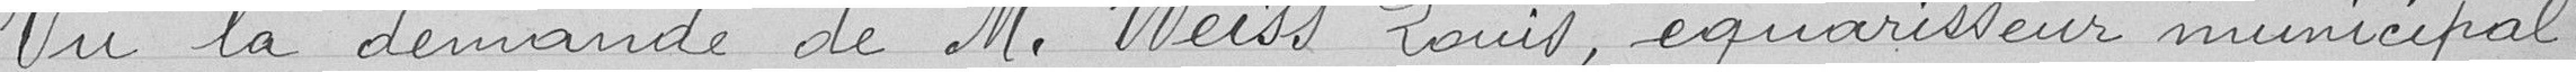
Vu la demande de M.Weiss Louis , équarisseur municipal ,